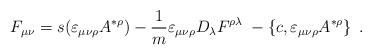
LaTeX: \begin{align*}F_{\mu \nu }=s(\varepsilon _{\mu \nu \rho }A^{*\rho })-\frac 1m\varepsilon_{\mu \nu \rho }D_\lambda F^{\rho \lambda }\;-\left\{ c,\varepsilon _{\mu\nu \rho }A^{*\rho }\right\} \;. \end{align*}